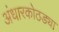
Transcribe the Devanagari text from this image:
अंधारकोठड्या